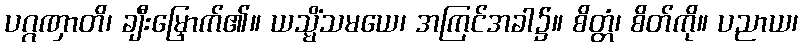
ပဂ္ဂဏှာတိ၊ ချီးမြှောက်၏။ ယသ္မိံသမယေ၊ အကြင်အခါ၌။ စိတ္တံ၊ စိတ်ကို။ ပညာယ၊